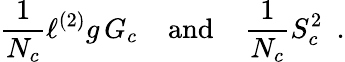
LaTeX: \frac{1}{N_{c}}\ell^{(2)}g\, G_{c}\, \, \, \, \, \mathrm{~and~}\, \, \, \, \, \frac{1}{N_{c}}S_{c}^{2}\, \, \, .